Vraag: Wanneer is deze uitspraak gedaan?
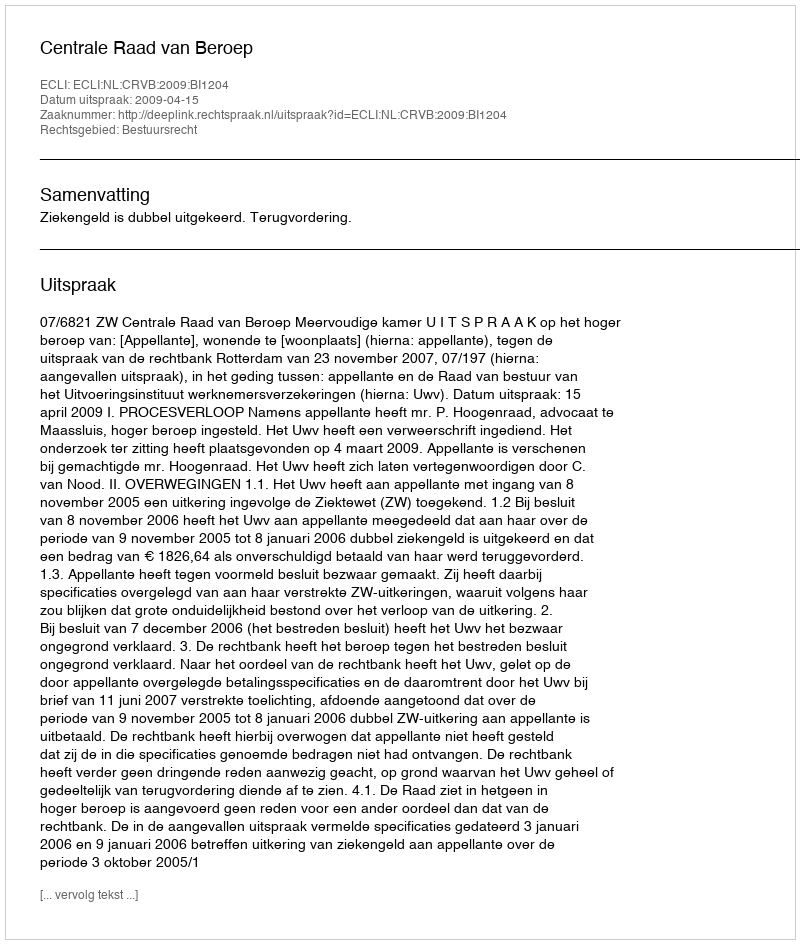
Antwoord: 2009-04-15